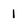
Character: 1